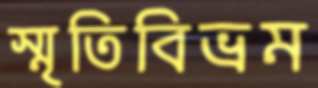
স্মৃতিবিভ্রম